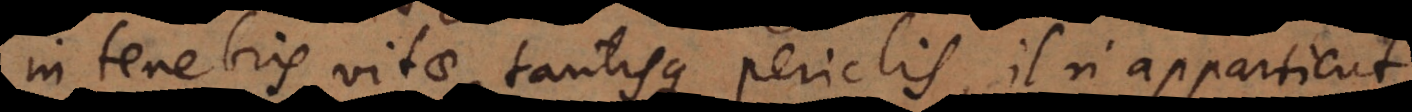
in tenebris vitae tantisque periclis, il n’appartient